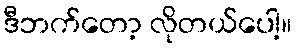
ဒီဘက်တော့ လိုတယ်ပေါ့။